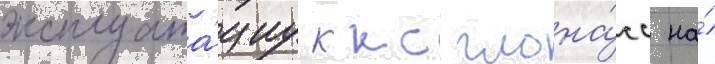
эксплуата́циу ккс глона́сс на́